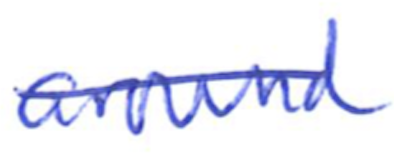
Text: around
Cross-out: single-line
Writing tool: ballpoint